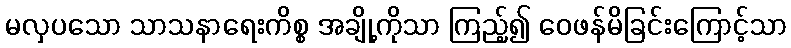
မလှပသော သာသနာရေးကိစ္စ အချို့ကိုသာ ကြည့်၍ ဝေဖန်မိခြင်းကြောင့်သာ